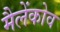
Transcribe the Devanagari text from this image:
मैलेंकोव